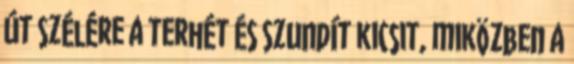
út szélére a terhét és szundít kicsit, miközben a